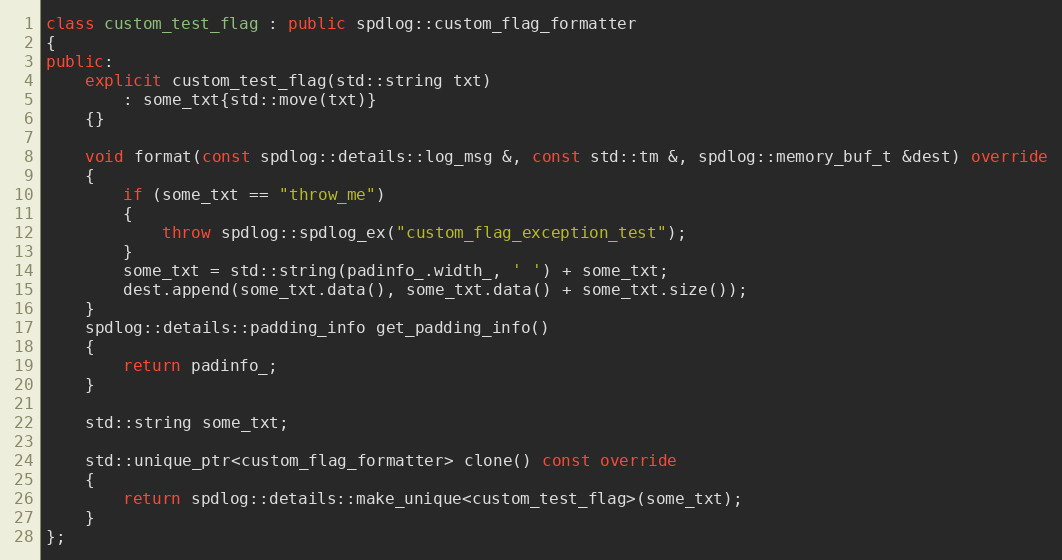
Language: C++
class custom_test_flag : public spdlog::custom_flag_formatter
{
public:
    explicit custom_test_flag(std::string txt)
        : some_txt{std::move(txt)}
    {}

    void format(const spdlog::details::log_msg &, const std::tm &, spdlog::memory_buf_t &dest) override
    {
        if (some_txt == "throw_me")
        {
            throw spdlog::spdlog_ex("custom_flag_exception_test");
        }
        some_txt = std::string(padinfo_.width_, ' ') + some_txt;
        dest.append(some_txt.data(), some_txt.data() + some_txt.size());
    }
    spdlog::details::padding_info get_padding_info()
    {
        return padinfo_;
    }

    std::string some_txt;

    std::unique_ptr<custom_flag_formatter> clone() const override
    {
        return spdlog::details::make_unique<custom_test_flag>(some_txt);
    }
};